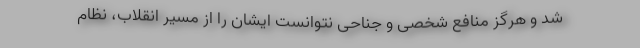
شد و هرگز منافع شخصی و جناحی نتوانست ایشان را از مسیر انقلاب، نظام